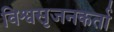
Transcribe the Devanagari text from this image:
विश्वसृजनकर्ता